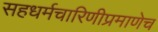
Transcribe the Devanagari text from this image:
सहधर्मचारिणीप्रमाणेच